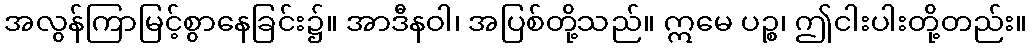
အလွန်ကြာမြင့်စွာနေခြင်း၌။ အာဒီနဝါ၊ အပြစ်တို့သည်။ ဣမေ ပဉ္စ၊ ဤငါးပါးတို့တည်း။